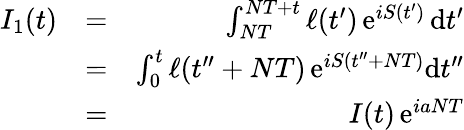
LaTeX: \begin{array}{rlr}{I_{1}(t)}&{=}&{\int_{NT}^{NT+t}\ell(t^{\prime})\, \mathrm{e}^{iS(t^{\prime})}\, \mathrm{d}t^{\prime}}\\ &{=}&{\int_{0}^{t}\ell(t^{\prime\prime}+NT)\, \mathrm{e}^{iS(t^{\prime\prime}+NT)}\mathrm{d}t^{\prime\prime}}\\ &{=}&{I(t)\, \mathrm{e}^{iaNT}}\end{array}